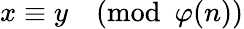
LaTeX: x\equiv y{\pmod{\varphi(n)}}